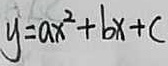
y = a x ^ { 2 } + b x + c